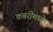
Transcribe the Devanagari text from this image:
कबरींमध्ये